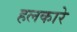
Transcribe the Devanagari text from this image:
हलकारे